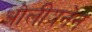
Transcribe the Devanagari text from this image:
ओलीयनेन